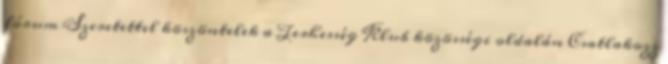
fórum Szeretettel köszöntelek a Terhesség Klub közösségi oldalán Csatlakozz